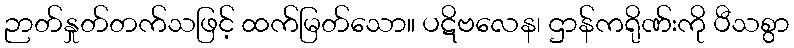
ဉာတ်နှုတ်တက်သဖြင့် ထက်မြတ်သော။ ပဋိဗလေန၊ ဌာန်ကရိုဏ်းကို ပီသစွာ